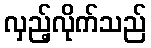
လှည့်လိုက်သည်